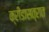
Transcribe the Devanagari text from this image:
क्रीडासत्रात